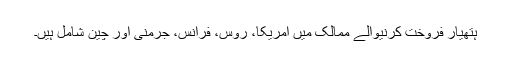
ہتھیار فروخت کرنیوالے ممالک میں امریکا، روس، فرانس، جرمنی اور چین شامل ہیں۔